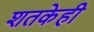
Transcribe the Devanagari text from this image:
शतकेही